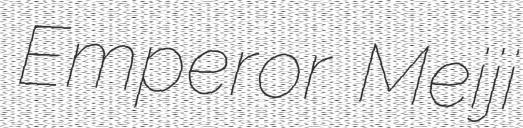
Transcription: Emperor Meiji